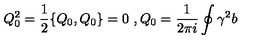
Q _ { 0 } ^ { 2 } = \frac { 1 } { 2 } \{ Q _ { 0 } , Q _ { 0 } \} = 0 \ , Q _ { 0 } = \frac { 1 } { 2 \pi i } \oint \gamma ^ { 2 } b \